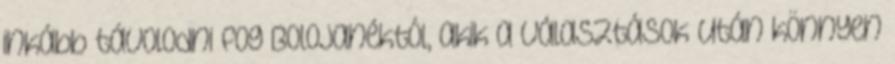
inkább távolodni fog Bolojanéktól, akik a választások után könnyen